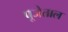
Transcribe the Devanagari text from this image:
पूजेताल